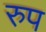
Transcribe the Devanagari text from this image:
रुप